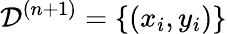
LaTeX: \mathcal{D}^{(n+1)}=\{ (x_{i},y_{i})\}